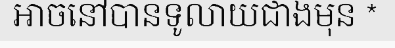
អាចនៅបានទូលាយជាងមុន *